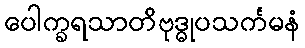
ပေါက္ခရသာတိဗုဒ္ဓုပသင်္ကမနံ